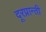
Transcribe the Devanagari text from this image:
दूरप्रान्ती